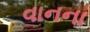
વાનના